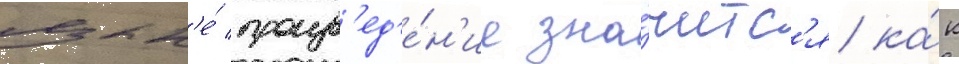
язык'е́ произв'ед'е́н'ие зна́читс'я ка́к